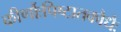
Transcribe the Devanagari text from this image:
कीर्णौःपिष्टातकौधैः